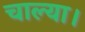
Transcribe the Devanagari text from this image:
चाल्या।